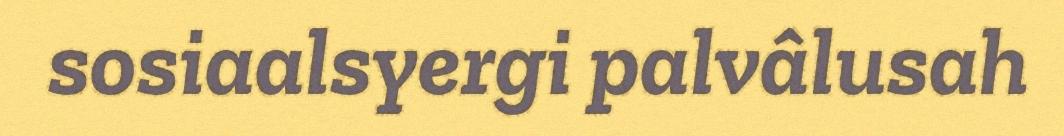
sosiaalsyergi palvâlusah